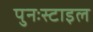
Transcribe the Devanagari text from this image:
पुनःस्टाइल